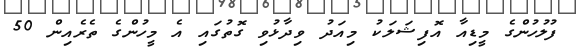
ފުލުހުންގެ މީޑިއާ އޮފިޝަލަކު މިއަދު ވިދާޅުވި ގޮތުގައި އެ މީހުންގެ ތެރެއިން 50